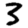
Digit: 3